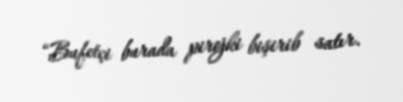
“Bufetçi burada pirojki bişirib satır.